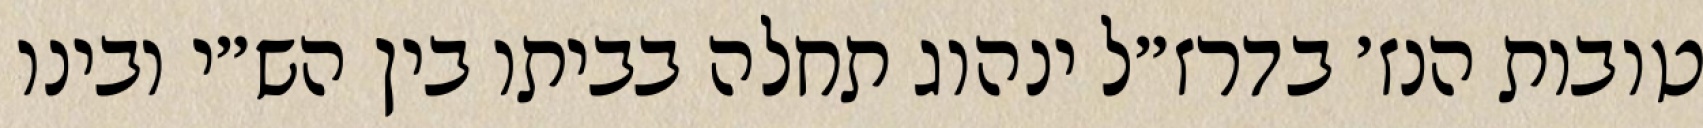
טובות הנז׳ בדרז״ל ינהוג תחלה בביתו בין הש״י ובינו